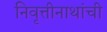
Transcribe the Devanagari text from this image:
निवृत्तीनाथांची